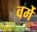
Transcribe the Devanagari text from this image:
वर्मे